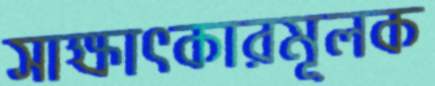
সাক্ষাৎকারমূলক